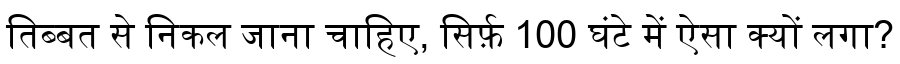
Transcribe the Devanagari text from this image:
तिब्बत से निकल जाना चाहिए, सिर्फ़ 100 घंटे में ऐसा क्यों लगा?